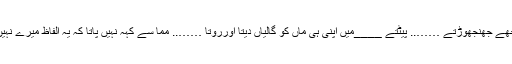
مجھے جھنجھوڑتے …….. پیٹتے ____میں اپنی ہی ماں کو گالیاں دیتا اورروتا …….. مما سے کہہ نہیں پاتا کہ یہ الفاظ میرے نہیں ۔